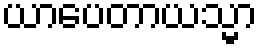
ယာပေတာယသ္မာ